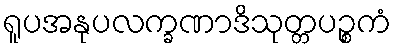
ရူပအနုပလက္ခဏာဒိသုတ္တပဉ္စကံ